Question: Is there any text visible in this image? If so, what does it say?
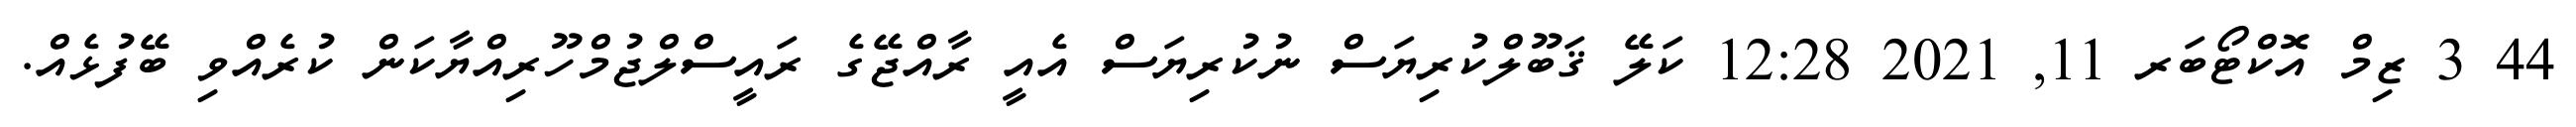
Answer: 44 3 ޒިމް އޮކްޓޯބަރ 11, 2021 12:28 ކަލޭ ޤަބޫލްކުރިޔަސް ނުކުރިޔަސް އެއީ ރާއްޖޭގެ ރައީސްލްޖުމްހޫރިއްޔާކަން ކުރެއްވި ބޭފުޅެއް.